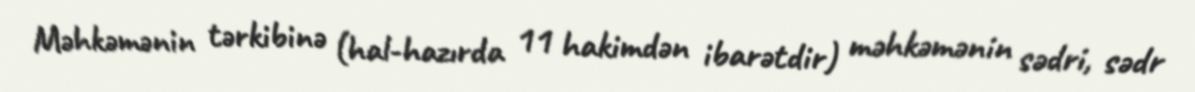
Məhkəmənin tərkibinə (hal-hazırda 11 hakimdən ibarətdir) məhkəmənin sədri, sədr